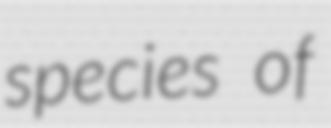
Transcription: species of